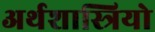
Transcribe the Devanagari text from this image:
अर्थशास्त्रियो